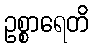
ဥစ္စာရေတိ